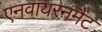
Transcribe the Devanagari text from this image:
एनवायरनमैंट